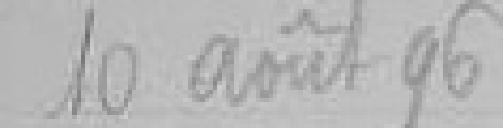
10 août 96